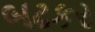
બઢકર